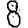
Digit: 8